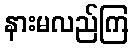
နားမလည်ကြ